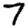
Digit: 7